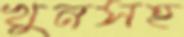
খুনসহ